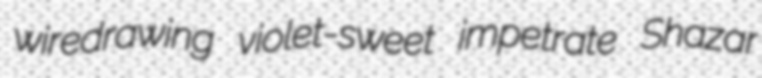
wiredrawing violet-sweet impetrate Shazar